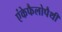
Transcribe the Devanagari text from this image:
एंकेफैलोपैथी